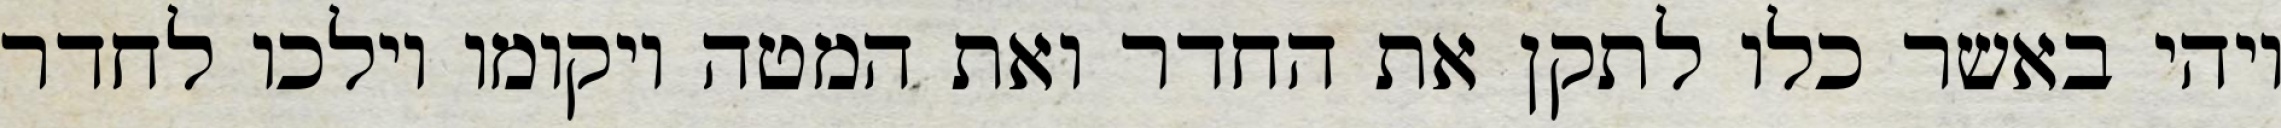
ויהי באשר כלו לתקן את החדר ואת המטה ויקומו וילכו לחדר